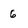
Character: 6